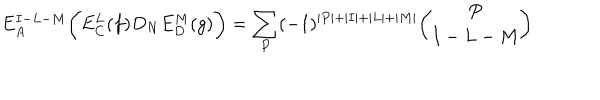
E _ { A } ^ { I - L - M } \biggl ( E _ { C } ^ { L } ( f ) D _ { N } E _ { D } ^ { M } ( g ) \biggr ) = \sum _ { P } ( - 1 ) ^ { \vert P \vert + \vert I \vert + \vert L \vert + \vert M \vert } { \binom { P } { I - L - M } }